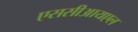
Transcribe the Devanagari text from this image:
एससीआयएल